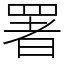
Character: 署